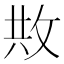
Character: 𢼭